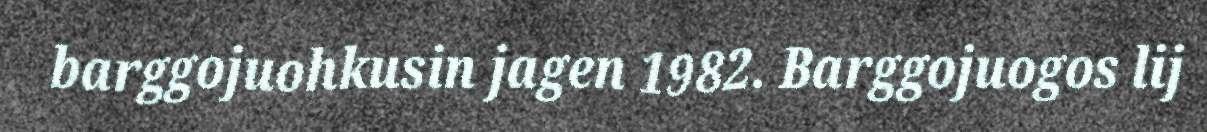
barggojuohkusin jagen 1982. Barggojuogos lij